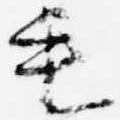
毛